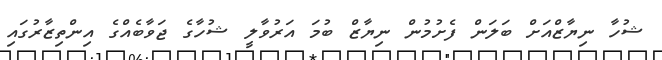
ޝުހާ ނިޔާޒްއަށް ބަލަން ފެށުމުން ނިޔާޒް ބުމަ އަރުވާލީ ޝުހާގެ ޖަވާބެއްގެ އިންތިޒާރުގައި